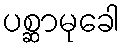
ပစ္ဆာမုခေါ